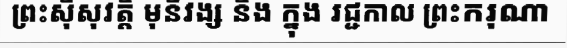
ព្រះស៊ីសុវត្តិ មុនីវង្ស និង ក្នុង រជ្ជកាល ព្រះករុណា